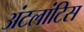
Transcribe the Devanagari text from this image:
अंटलांटिस